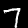
Digit: 7